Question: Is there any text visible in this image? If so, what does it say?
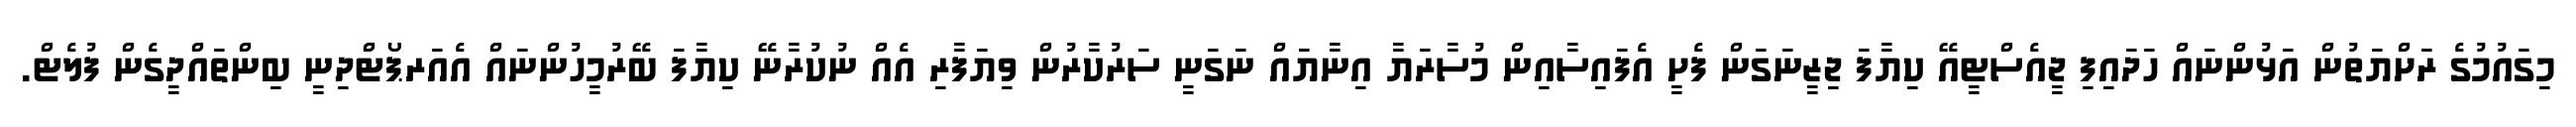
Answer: މިގައުމުގެ ރަށްޔަތުން އަޅުންނައް ހަދައިފި ޖީއެސްޓީއޭ ކިޔާފަ ޖިޒީނަގަން ފެށީ އެފައިސާއިން މުސާރަޔާ އިނާޔައް ނަގަނީ ސަރުކާރުން ވިޔަފާރި އެއް ނުކުރާނޭ ކިޔާފަ ބޭރުމީހުންނައް އެއަރޕޯޓްދިނީ ބިންތައްދީގެން ފުލެޓް.